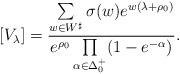
LaTeX: \begin{align*}[V_\lambda]=\frac{\sum\limits_{w\in W^\sharp}\sigma(w) e^{w(\lambda+\rho_0)}}{e^{\rho_0}\prod\limits_{\alpha\in\Delta_0^+}(1-e^{-\alpha})}.\end{align*}